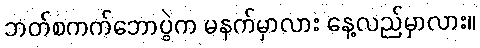
ဘတ်စကက်ဘောပွဲက မနက်မှာလား နေ့လည်မှာလား။